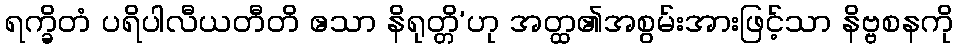
ရက္ခိတံ ပရိပါလီယတီတိ ဧသာ နိရုတ္တိ’ဟု အတ္ထ၏အစွမ်းအားဖြင့်သာ နိဗ္ဗစနကို